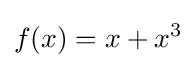
f(x)=x+x^{3}